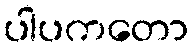
ပါပကတော